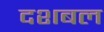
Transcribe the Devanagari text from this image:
दशबल